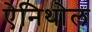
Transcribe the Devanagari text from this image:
ऐनिथोल